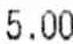
5.00